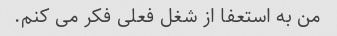
من به استعفا از شغل فعلی فکر می کنم.